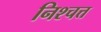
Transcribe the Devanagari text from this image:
निश्चत्त